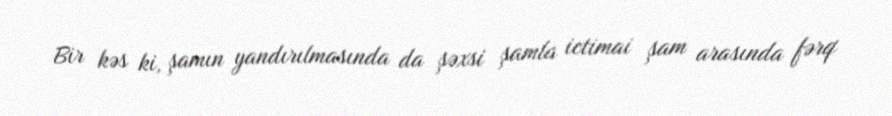
Bir kəs ki, şamın yandırılmasında da şəxsi şamla ictimai şam arasında fərq